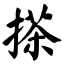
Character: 搽